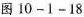
图10-1-18